Annual report on the working of the mental hospitals in the Madras Presidency - 1912-1932
Year: 1912
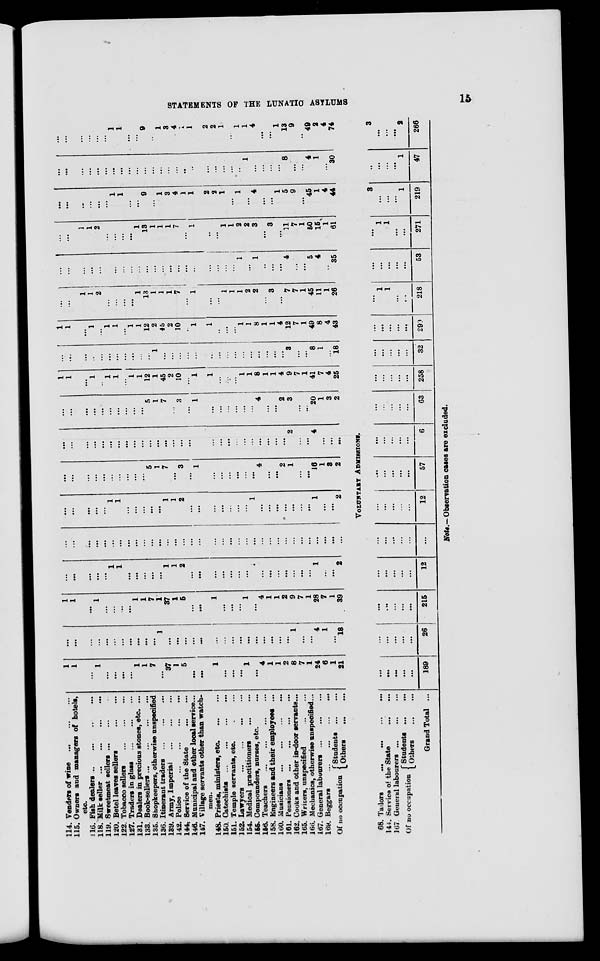
STATEMENTS OF THE LUNATIC ASYLUMS
15
114. Venders of wine
...
...
...
115. Owners and managers of hotels,
etc.
116. Fish dealers ... ... ... ...
118. Milk seller
...
...
...
...
119. Sweetmeat sellers ... ... ...
120. Betel leaves sellers
...
...
122. Tobacco sellers
...
...
...
127. Traders in glass ... ... ...
131. Dealers in precious stones, etc. ...
133. Book-sellers
...
...
...
...
135. Shopkeepers, otherwise unspecified
136. Itinerant traders
...
...
...
139. Army, Imperial
...
...
...
142. Police
...
...
...
...
144. Service of the State ... ...
146. Municipal and other local service...
147. Village servants other than watch-
men.
148. Priests, ministers, etc.
...
...
150.
Catechists
...
...
...
...
151. Temple servants, etc. ... ...
152. Lawyers
...
...
...
...
154. Medical practitioners
...
...
155. Compounders, nurses, etc. ...
156. Teachers
...
...
...
...
158. Engineers and their employees ...
160. Musicians
...
...
...
...
161. Pensioners
...
...
...
...
162. Cooks and other in-door servants...
165. Writers, unspecified ... ...
166. Mechanics, otherwise unspecified...
167. General labourers
...
...
...
169. Beggars
...
...
...
...
Of no occupation Students ...
...
Others
...
...
1
1
...
1
...
...
...
...
1
1
7
...
37
1
5
...
...
1
...
...
...
1
...
4
1
1
2
8
7
1
24
6
1
21
...
...
...
...
...
...
...
...
...
...
...
1
...
...
...
...
...
...
...
...
...
...
...
...
...
...
...
1
...
...
4
1
...
18
1
1
...
1
...
...
...
...
1
1
7
1
37
1
5
...
...
1
...
...
...
1
...
4
1
1
2
9
7
1
28
7
1
39
...
...
...
...
...
1
1
...
...
...
...
...
1
1
2
...
...
...
...
...
...
...
1
...
...
...
...
...
...
...
1
...
...
2
...
...
...
...
...
...
...
...
...
...
...
...
...
...
...
...
...
...
...
...
...
...
...
...
...
...
...
...
...
...
...
...
...
...
...
...
...
...
...
1
1
...
...
...
...
...
1
1
2
...
...
...
...
...
...
...
1
...
...
...
...
...
...
...
1
...
...
2
...
...
...
...
...
...
...
...
...
...
5
1
7
...
3
...
1
...
...
...
...
...
...
4
...
...
2
1
...
...
16
1
3
2
...
...
...
...
...
...
...
...
...
...
...
...
...
...
...
...
...
...
...
...
...
...
...
...
...
...
...
2
...
...
4
...
...
...
...
...
...
...
...
...
...
...
...
...
5
1
7
...
3
...
1
...
...
...
...
...
...
4
...
...
2
3
...
...
20
1
3
2
1
1
...
1
...
1
1
...
1
1
12
1
45
2
10
...
1
1
...
...
...
1
1
8
1
1
4
9
7
1
41
7
4
25
...
...
...
...
...
...
...
...
...
...
...
1
...
...
...
...
...
...
...
...
...
...
...
...
...
...
...
3
...
...
8
1
...
18
1
1
...
1
...
1
1
...
1
1
12
2
45
2
10
...
1
1
...
...
...
1
1
8
1
1
4
12
7
1
49
8
4
43
...
...
1
1
2
...
...
...
...
1
13
1
1
1
7
...
1
...
...
1
1
1
2
2
...
3
...
7
7
1
45
11
1
26
...
...
...
...
...
...
...
...
...
...
...
...
...
...
...
...
...
...
...
...
...
1
...
1
...
...
...
4
...
...
5
4
...
35
...
...
1
1
2
...
...
...
...
1
13
1
1
1
7
...
1
...
...
1
1
2
2
3
...
3
...
11
7
1
50
15
1
61
...
...
...
...
...
...
1
1
...
...
9
...
1
3
4
1
1
2
2
1
...
1
...
4
...
...
1
5
9
...
45
1
4
44
...
...
...
...
...
....
...
...
...
...
...
...
...
...
...
...
...
...
...
...
...
...
1
...
...
...
...
8
...
...
4
1
...
30
...
...
...
...
...
...
1
1
...
...
9
...
1
3
4
...
1
2
2
1
...
1
1
4
...
...
1
13
9
...
49
2
4
74
VOLUNTARY ADMISSIONS.
68. Tailors
...
...
...
...
144. Service of the State
...
...
167 General labourers
...
...
...
Of no occupation Students
...
...
Others
...
...
Grand Total ...
...
...
...
...
...
189
...
...
...
...
...
26
...
...
...
...
...
215
...
...
...
...
...
12
...
...
...
...
...
...
...
...
...
...
...
12
...
...
...
...
...
57
...
...
...
...
...
6
...
...
...
...
...
63
...
...
...
...
...
258
...
...
...
...
...
32
...
...
...
...
...
290
...
1
1
...
...
218
...
...
...
...
...
53
...
1
1
...
...
271
3
...
...
...
1
219
...
...
...
...
1
47
3
...
...
...
2
266
Note.— Observation cases are excluded.